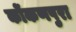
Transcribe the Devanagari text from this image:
कोंकणपुरा